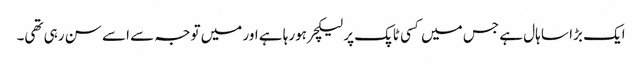
ایک بڑا سا ہال ہے جس میں‌ کسی ٹاپک پر لیکچر ہورہا ہے اور میں‌ توجہ سے اسے سن رہی تھی۔